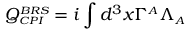
\displaystyle Q _ { \scriptscriptstyle C P I } ^ { \scriptscriptstyle B R S } = i \int d ^ { 3 } x \Gamma ^ { \scriptscriptstyle A } \Lambda _ { \scriptscriptstyle A }